Report on the bubonic plague in Bombay, 1896-1897
Year: 1896
Disease focus: Plague
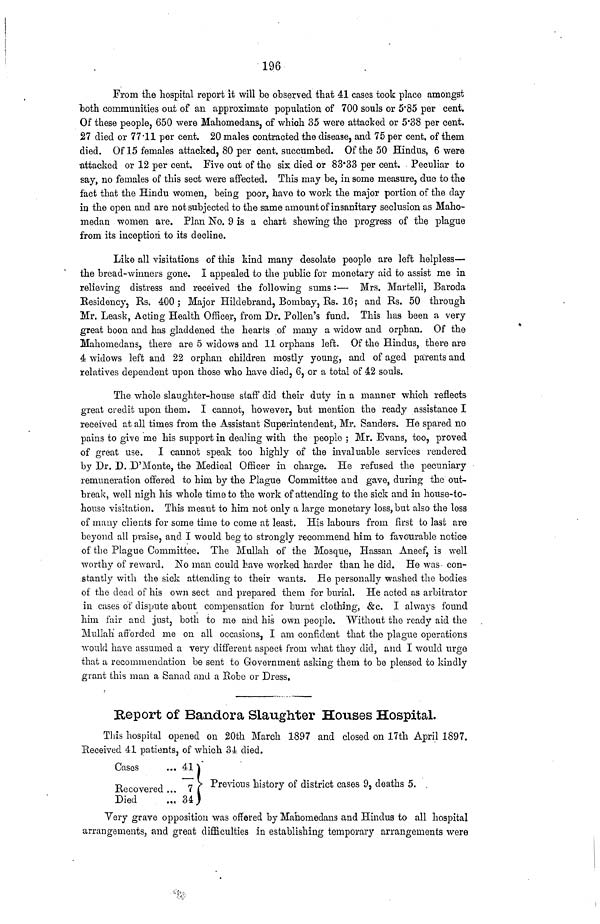
196
From the hospital report it will be observed that 41 cases took place amongst
both communities out of an approximate population of 700 souls or 5.85 per cent.
Of these people, 650 were Mahomedans, of which 35 were attacked or 5.38 per cent.
27 died or 77.11 per cent. 20 males contracted the disease, and 75 per cent. of them
died. Of 15 females attacked, 80 per cent. succumbed. Of the 50 Hindus, 6 were
attacked or 12 per cent. Five out of the six died or 83.33 per cent. Peculiar to
say, no females of this sect were affected. This may be, in some measure, due to the
fact that the Hindu women, being poor, have to work the major portion of the clay
in the open and are not subjected to the same amount of insanitary seclusion as Maho-
medan women are Plan No. 9 is a chart shewing the progress of the plague
from its inception to its decline.
Like all visitations of this kind many desolate people are left helpless—
the bread-winners gone. I appealed to the public for monetary aid to assist me in
relieving distress and received the following sums :— Mrs. Martelli, Baroda
Residency, Rs. 400; Major Hildebrand, Bombay, Rs. 16; and Rs. 50 through
Mr. Leask, Acting Health Officer, from Dr. Pollen's fund. This has been a very
great boon and has gladdened the hearts of many a widow and orphan. Of the
Mahomedans, there are 5 widows and 11 orphans left. Of the Hindus, there are
4 widows left and 22 orphan children mostly young, and of aged parents and
relatives dependent upon those who have died, 6, or a total of 42 souls.
The whole slaughter-house staff did their duty in a manner which reflects
great credit upon them. I cannot, however, but mention the ready assistance I
received at all times from the Assistant Superintendent, Mr. Sanders. He spared no
pains to give me his support in dealing with the people ; Mr. Evans, too, proved
of great use. I cannot speak too highly of the invaluable services rendered
by Dr. D. D'Monte, the Medical Officer in charge. He refused the pecuniary
remuneration offered to him by the Plague Committee and gave, during the out-
break, well nigh his whole time to the work of attending to the sick and in house-to-
house visitation. This meant to him not only a large monetary loss, but also the loss
of many clients for some time to come at least. His labours from first to last are
beyond all praise, and I would beg to strongly recommend him to favourable notice
of the Plague Committee. The Mullah of the Mosque, Hassan Aneef, is well
worthy of reward. No man could bave worked harder than he did. He was con-
stantly with the sick attending to their wants. He personally washed the bodies
of the dead of his own sect and prepared them for burial. He acted as arbitrator
in cases of dispute about compensation for burnt clothing, &c. I always found
him fair and just, both to me and his own people. Without the ready aid the
Mullah afforded me on all occasions, I am confident that the plague operations
would have assumed a very different aspect from what they did, and I would urge
that a recommendation be sent to Government asking them to be pleased to kindly
grant this man a Sanad and a Robe or Dress.
Report of Bandora Slaughter Houses Hospital.
This hospital opened on 20th March 1897 and closed on 17th April 1897.
Received 41 patients, of which 34 died.
Cases
... 41)
Recovered ... 7 ) Previous history of district cases 9, deaths 5.
Died
...
34 )
Very grave opposition was offered by Mahomedans and Hindus to all hospital
arrangements, and great difficulties in establishing temporary arrangements were